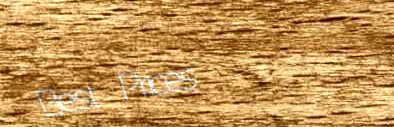
Best Prices